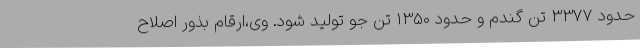
حدود 3377 تن گندم و حدود 1350 تن جو تولید شود. وی،ارقام بذور اصلاح